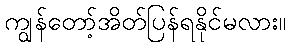
ကျွန်တော့်အိတ်ပြန်ရနိုင်မလား။